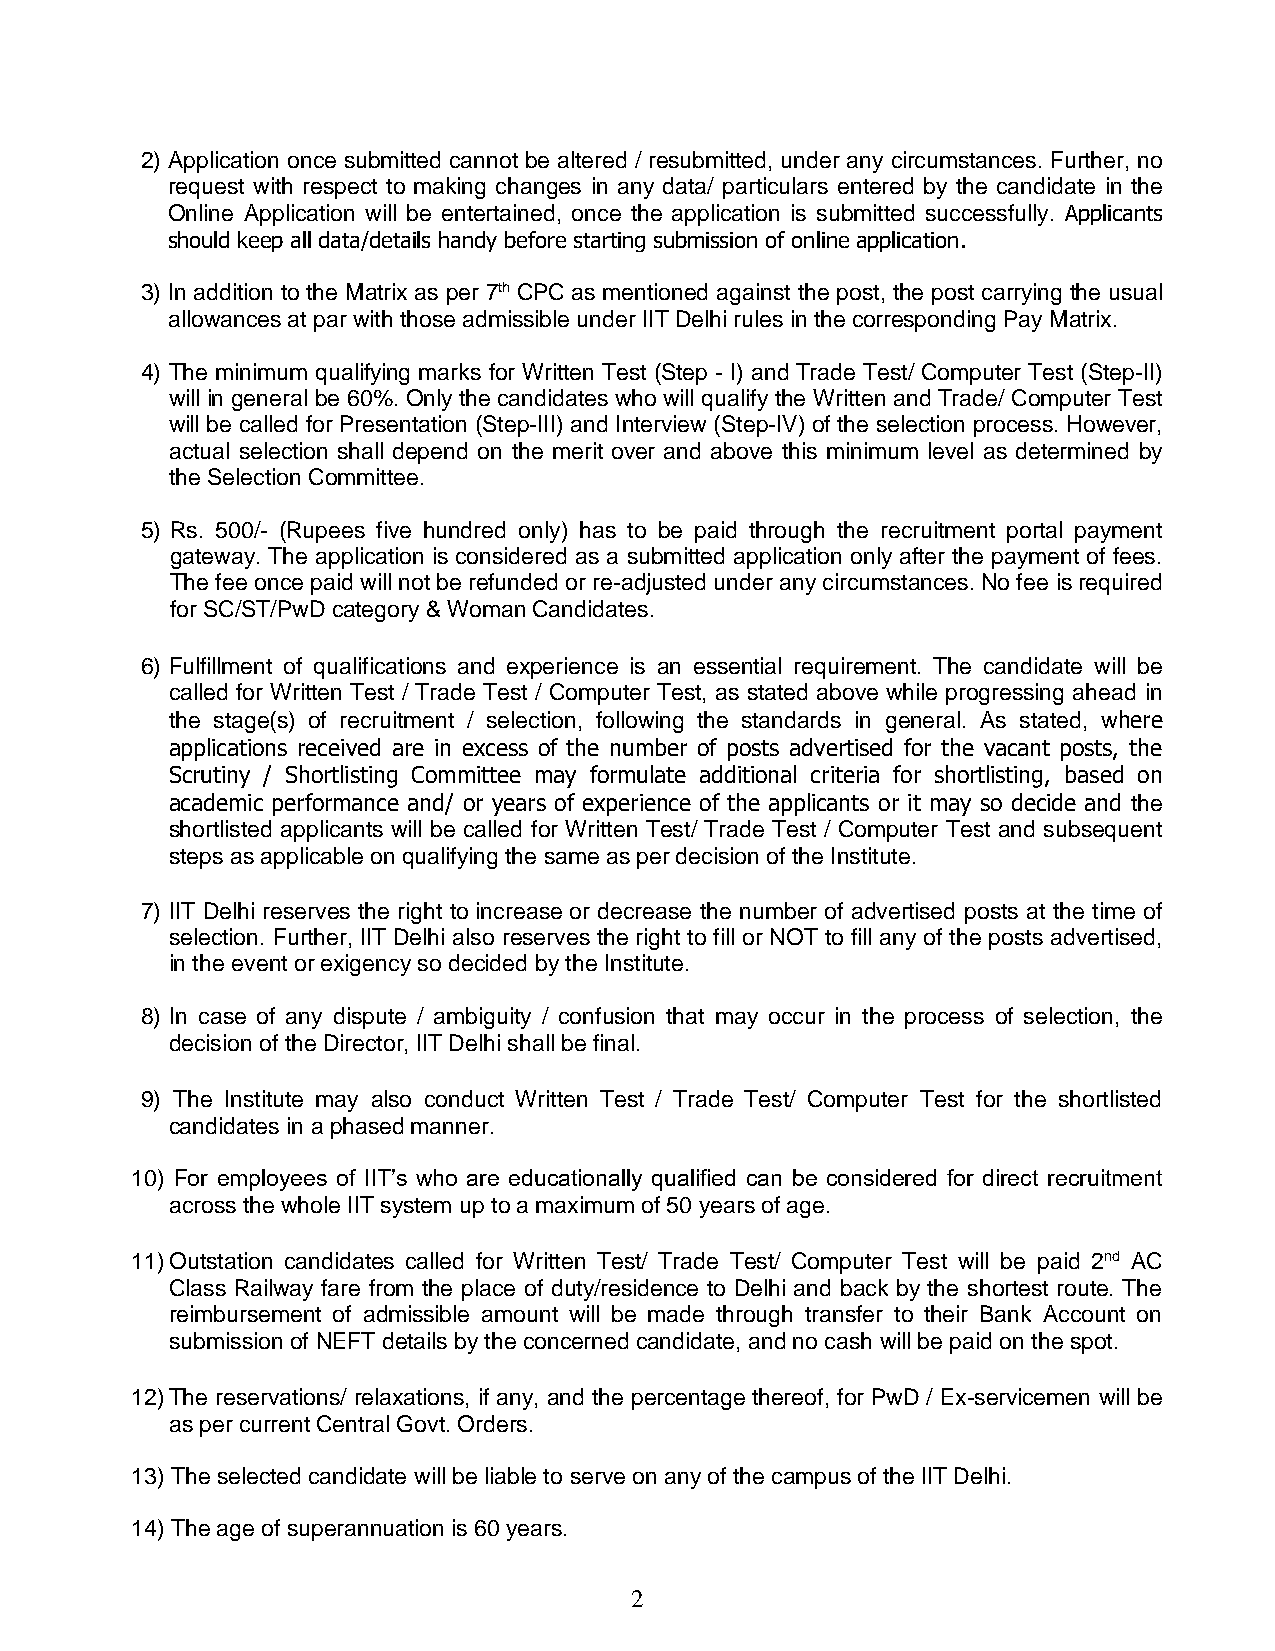
2) Application once submitted cannot be altered / resubmitted, under any circumstances. Further, no
 request with respect to making changes in any data/ particulars entered by the candidate in the
 Online Application will be entertained, once the application is submitted successfully. Applicants
 should keep all data/details handy before starting submission of online application.
 3) In addition to the Matrix as per 7th CPC as mentioned against the post, the post carrying the usual
 allowances at par with those admissible under IIT Delhi rules in the corresponding Pay Matrix.
 4) The minimum qualifying marks for Written Test (Step - I) and Trade Test/ Computer Test (Step-II)
 will in general be 60%. Only the candidates who will qualify the Written and Trade/ Computer Test
 will be called for Presentation (Step-III) and Interview (Step-IV) of the selection process. However,
 actual selection shall depend on the merit over and above this minimum level as determined by
 the Selection Committee.
 5) Rs. 500/- (Rupees five hundred only) has to be paid through the recruitment portal payment
 gateway. The application is considered as a submitted application only after the payment of fees.
 The fee once paid will not be refunded or re-adjusted under any circumstances. No fee is required
 for SC/ST/PwD category & Woman Candidates.
 6) Fulfillment of qualifications and experience is an essential requirement. The candidate will be
 called for Written Test / Trade Test / Computer Test, as stated above while progressing ahead in
 the stage(s) of recruitment / selection, following the standards in general. As stated, where
 applications received are in excess of the number of posts advertised for the vacant posts, the
 Scrutiny / Shortlisting Committee may formulate additional criteria for shortlisting, based on
 academic performance and/ or years of experience of the applicants or it may so decide and the
 shortlisted applicants will be called for Written Test/ Trade Test / Computer Test and subsequent
 steps as applicable on qualifying the same as per decision of the Institute.
 7) IIT Delhi reserves the right to increase or decrease the number of advertised posts at the time of
 selection. Further, IIT Delhi also reserves the right to fill or NOT to fill any of the posts advertised,
 in the event or exigency so decided by the Institute.
 8) In case of any dispute / ambiguity / confusion that may occur in the process of selection, the
 decision of the Director, IIT Delhi shall be final.
 9) The Institute may also conduct Written Test / Trade Test/ Computer Test for the shortlisted
 candidates in a phased manner.
 10) For employees of IIT’s who are educationally qualified can be considered for direct recruitment
 across the whole IIT system up to a maximum of 50 years of age.
 11) Outstation candidates called for Written Test/ Trade Test/ Computer Test will be paid 2nd AC
 Class Railway fare from the place of duty/residence to Delhi and back by the shortest route. The
 reimbursement of admissible amount will be made through transfer to their Bank Account on
 submission of NEFT details by the concerned candidate, and no cash will be paid on the spot.
 12) The reservations/ relaxations, if any, and the percentage thereof, for PwD / Ex-servicemen will be
 as per current Central Govt. Orders.
 13) The selected candidate will be liable to serve on any of the campus of the IIT Delhi.
 14) The age of superannuation is 60 years.
 2